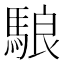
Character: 駺